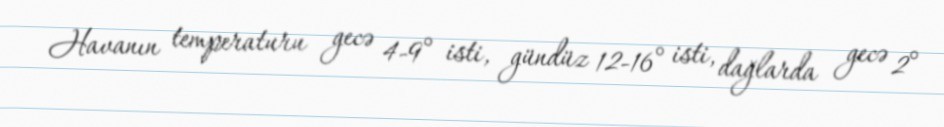
Havanın temperaturu gecə 4-9° isti, gündüz 12-16° isti, dağlarda gecə 2°